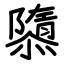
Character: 隳